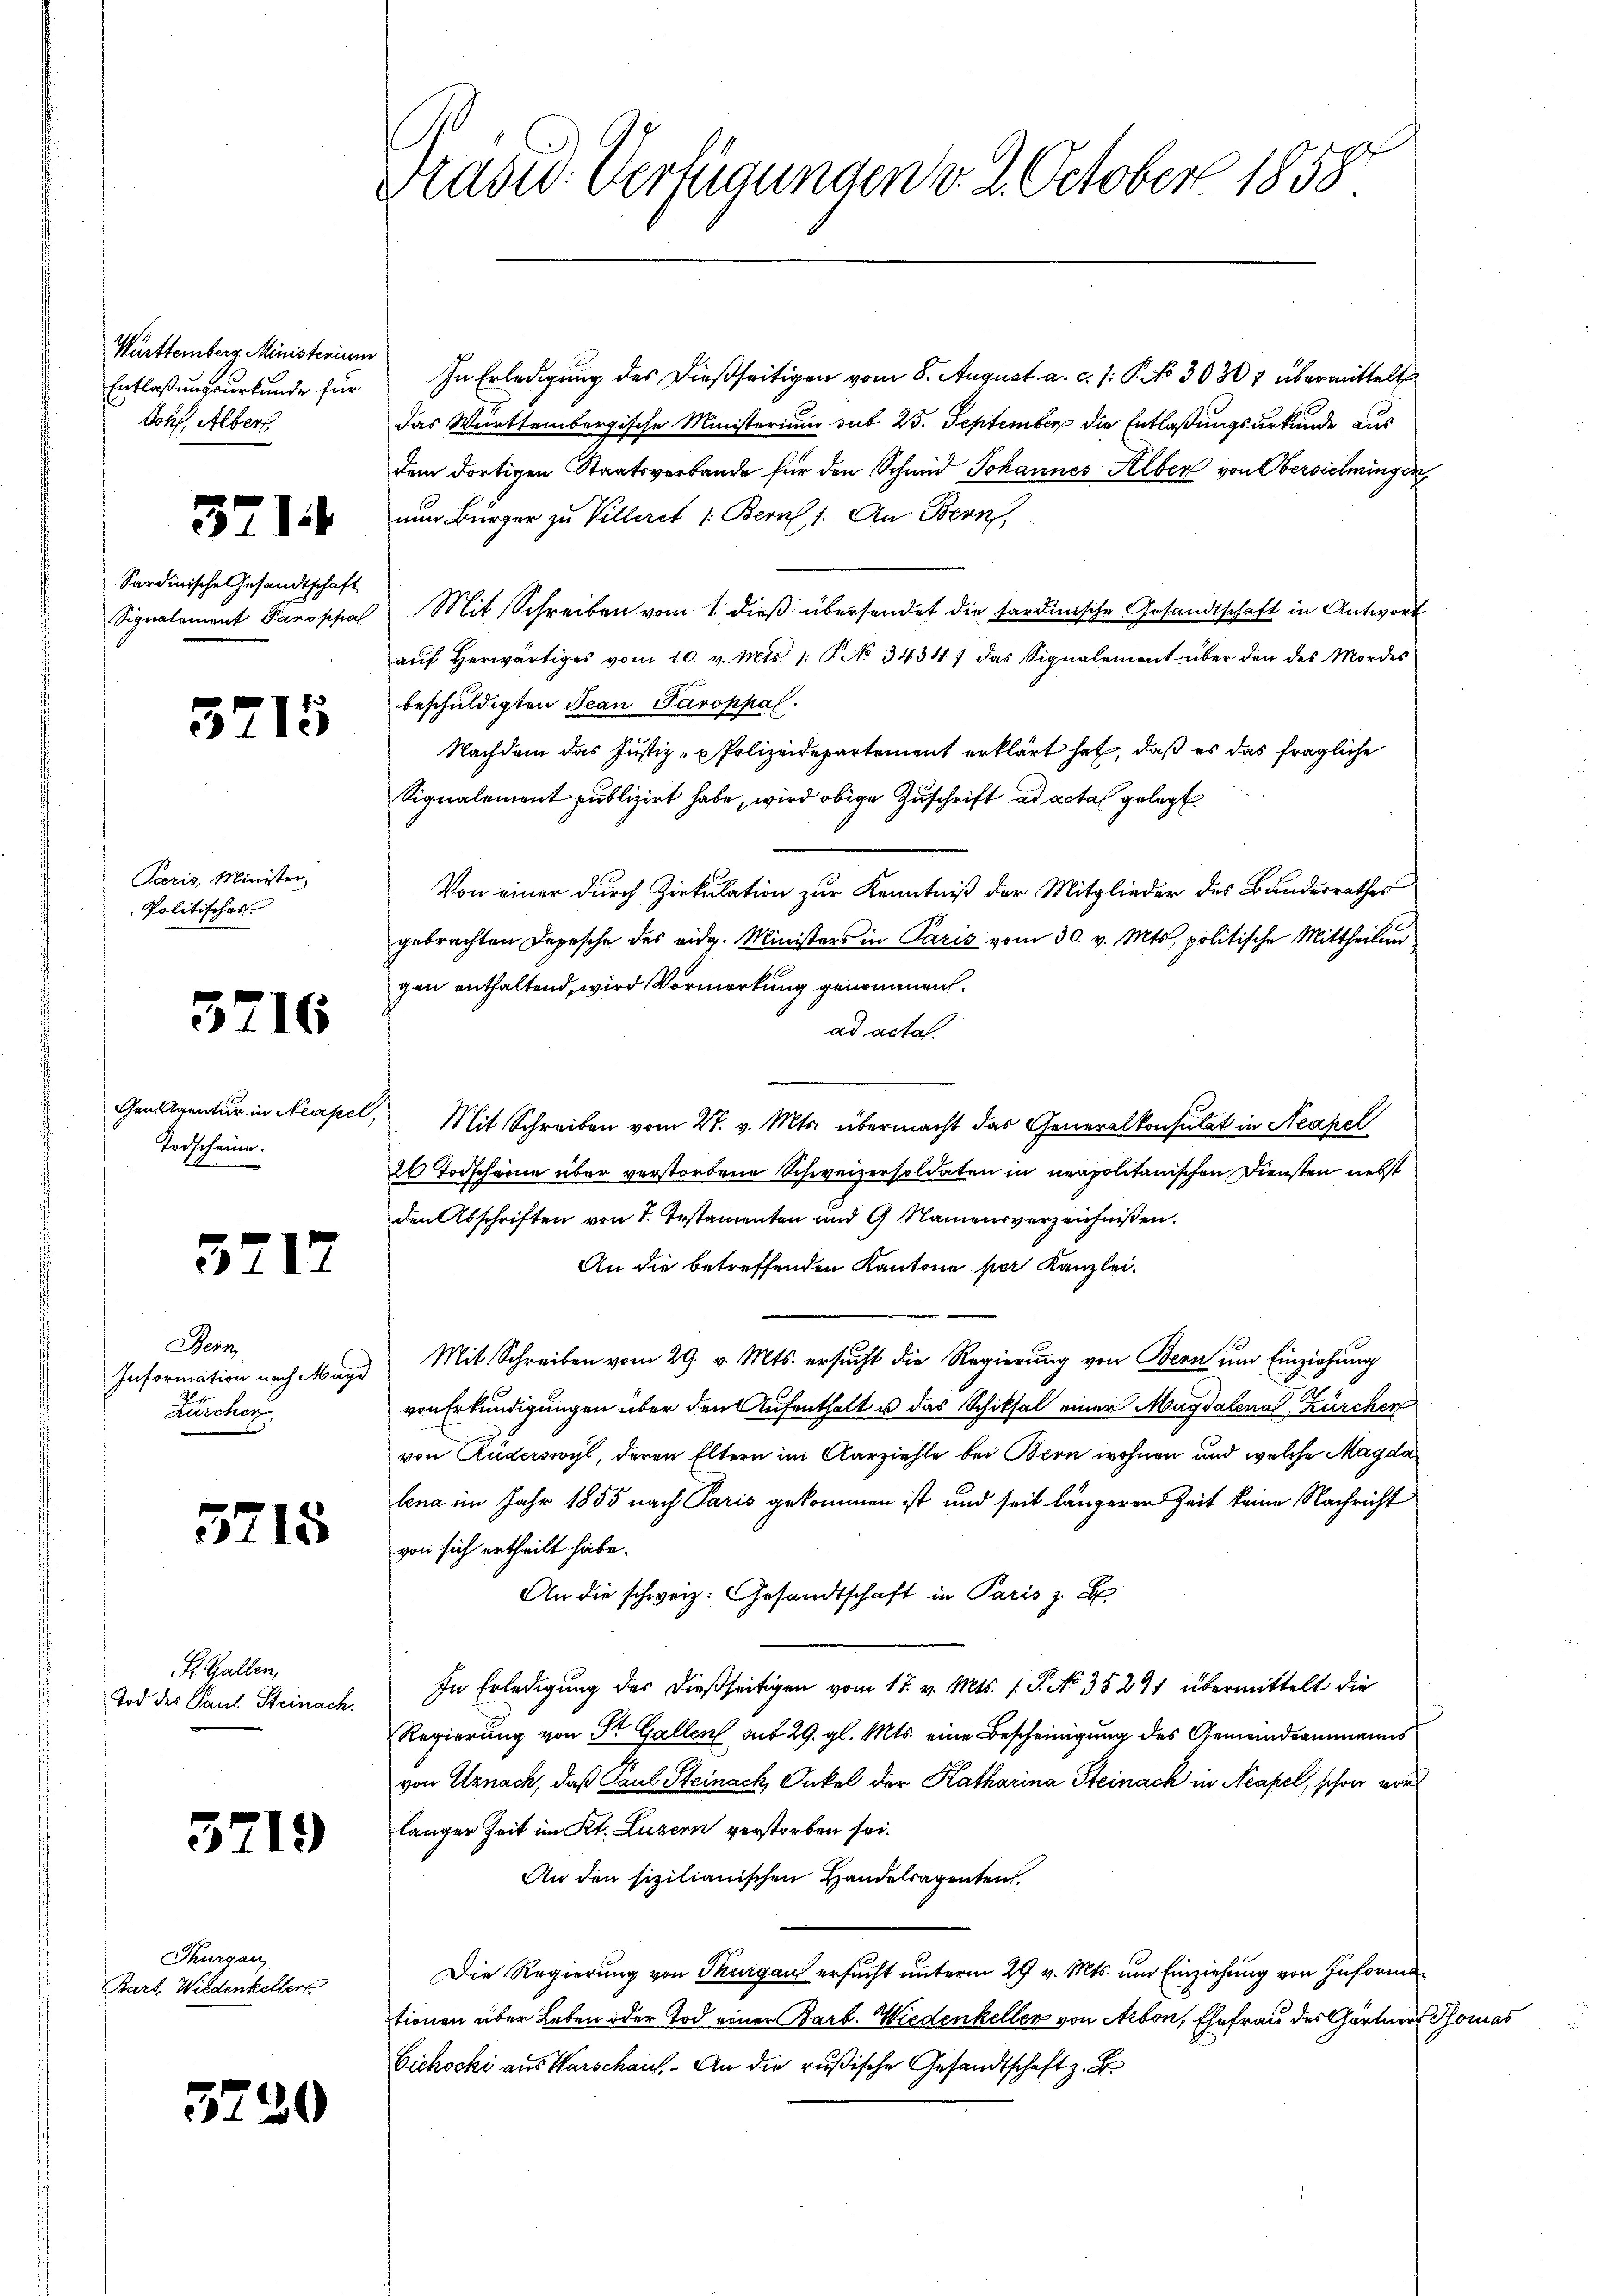
Württemberg Ministerium
Entlaßungsurkunde für
Johs. Alber

371

Sardinische Gesandtschaft

3715

Pazis, Minister
Politisches

5716

Genigentur in Neapel
Todscheine:

3717

Herz
Information nach Maÿr
Zürchen.

5715

S. Gallen,
Tod der Paul Steinach.

3719

Thurgau
Bars, Wiedenkellers

5720

Kasu. Verfügungen v. 2. October 1858

In Erledigung des dießseitigen vom 8. August a. c. /: P. No 30307 übermittelt
das Württembergische Ministerium sub 25. September die Entlaßungsurkunde aus
dem dortigen Staatsverbande für den Schmid Johannes Alber von Obersichingen,
nun Bürger zu Villerit /: Bern 1. An Bern,
Signalement Paroppa Mit Schreiben vom 1. dieβ übersendet die sardinische Gesandtschaft in Antwort
aŭf herwärtiges vom 10. v. Mts. 1. No 3434) das Signalement über den des Mordes
beschuldigten Jean Paroppal.
Nachdem das Justiz- & Polizeidepartement erklärt hat, daß es das fragliche
Signalement publizirt habe, wird obige Zuschrift ad acta gelegt.
Von einer dŭrch Zirkŭlation zŭr Kenntniβ der Mitglieder des Banderrathes
gebrachten Depesche des eidg. Ministers in Paris vom 30. v. Mts, politische Mittheilun
gen enthaltend, wird Vormerkung genommen.
ad acta.
 Mit Schreiben vom 27. v. Mts. übermacht das Generalkonsulat in Neapel
26 Todscheine über verstorbene Schweizersoldaten in neapolitanischen Diensten nebst
den Abschriften von 1. Testamenten und 9 Namensverzeichnißen.
An die betreffenden Kantone per Kanzlei.
Mit Schreiben vom 29. v. Mts. ersucht die Regierung von Bern um Einziehung
von Erkundigungen über den Aufenthalt u das Schiksal einer Magdalenal, Zürchen
von Ruderswyl, deren Eltern im Aarziehle bei Bern wohnen und welche Magda
lena im Jahr 1855 nach Paris gekommen ist und seit längerer Zeit keine Nachricht
von sich ertheilt habe.
An die schweiz. Gesandtschaft in Paris z.
In Erledigung des dießseitigen vom 17. v. Mts. f. P. No. 35291 übermittelt die
Regierung von St. Gallen aus 29. gl. Mts. eine Bescheinigung des Gemeindeammanns
von Uznach, daß Paul Steinach Onkel der Katharina Steinack in Neapel, schon vor
langer Zeit im Kt. Luzern verstorben sei.
An den sizilianischen Handelsagenten.
Die Regierung von Thurgau ersucht unterm 29 v. Mts. um Einziehung von Informa
tionen über Leben oder Tod einer Barb. Wiedenkellen von Arbon, Ehefrau des Gärtner
Eichocki aus Warschaus. An die rußische Gesandtschaft z. B.

as